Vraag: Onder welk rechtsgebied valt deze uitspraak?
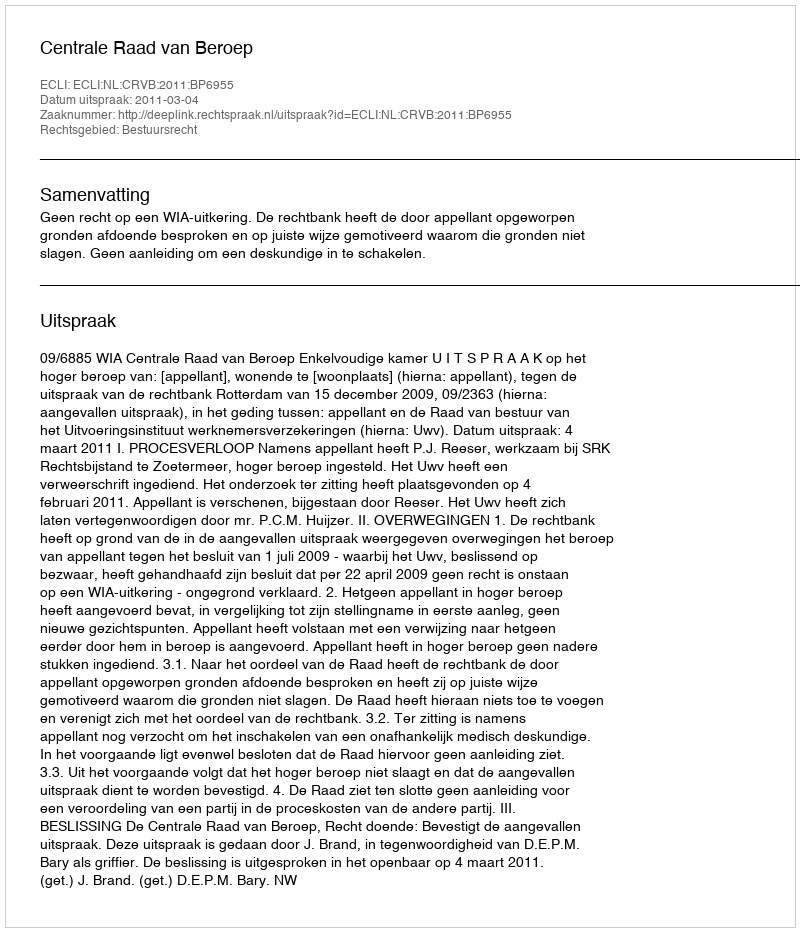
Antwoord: Bestuursrecht